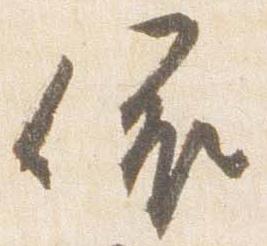
依